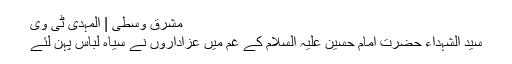
مشرق وسطی | المہدی ٹی وی
سید الشہداء حضرت امام حسین علیہ السلام کے غم میں عزاداروں نے سیاہ لباس پہن لئے